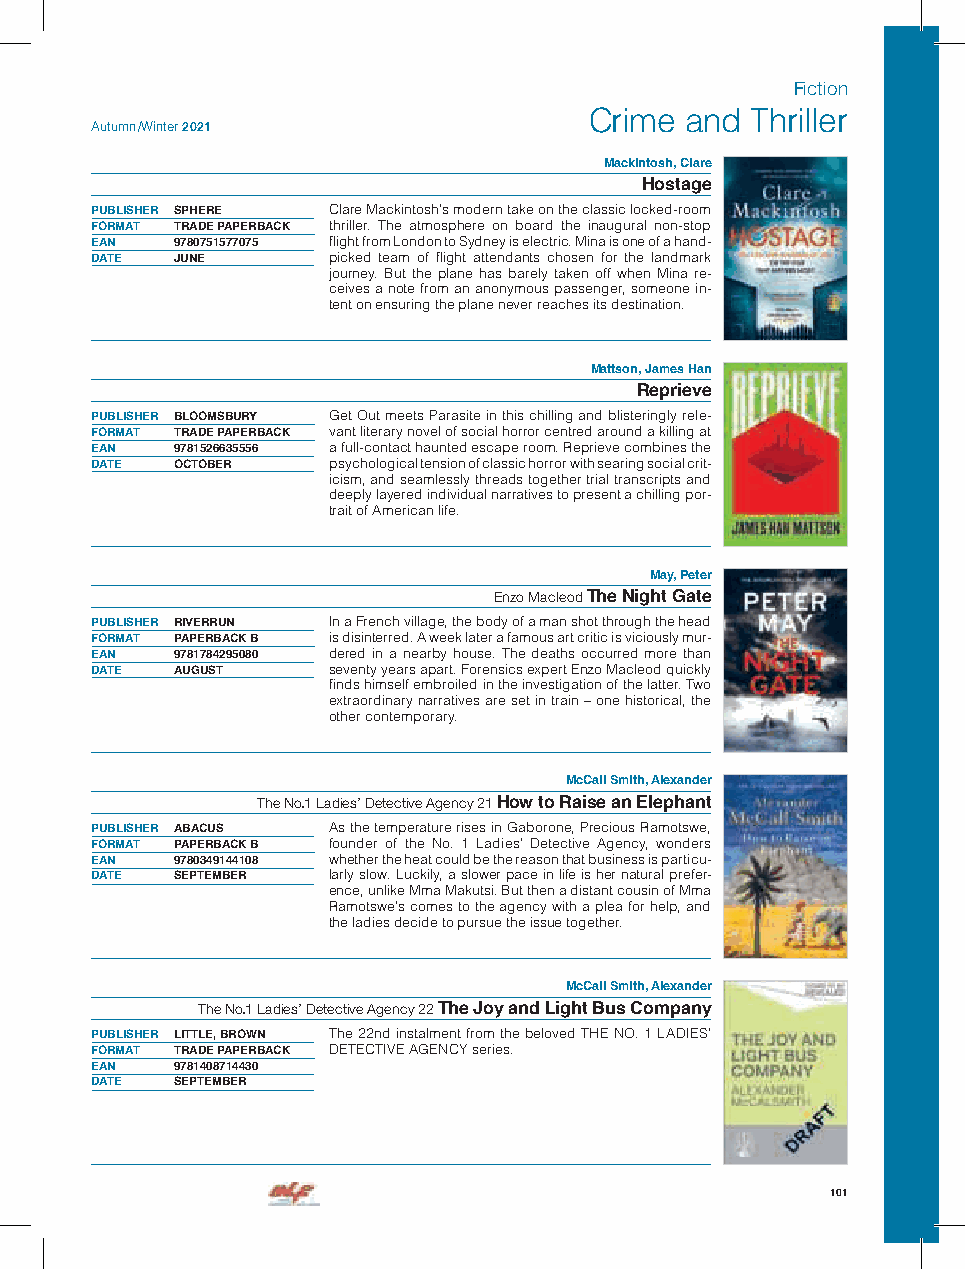
Fiction
 Crime and  Thriller
 Autumn /Winter 2021
 Mackintosh, Clare
 Hostage
 PUBLISHER SPHERE Clare Mackintosh’s modern take on the classic locked-room
 FORMAT TRADE PAPERBACK thriller. The atmosphere on board the inaugural non-stop
 EAN  9780751577075 flight from London to Sydney is electric. Mina is one of a hand-
 DATE JUNE       picked team of flight attendants chosen for the landmark
 journey. But the plane has barely taken off when Mina re-
 ceives a note from an anonymous passenger, someone in-
 tent on ensuring the plane never reaches its destination.
 Mattson, James Han
 Reprieve
 PUBLISHER BLOOMSBURY Get Out meets Parasite in this chilling and blisteringly rele-
 FORMAT TRADE PAPERBACK vant literary novel of social horror centred around a killing at
 EAN  9781526635556 a full-contact haunted escape room. Reprieve combines the
 DATE OCTOBER    psychological tension of classic horror with searing social crit-
 icism, and seamlessly threads together trial transcripts and
 deeply layered individual narratives to present a chilling por-
 trait of American life.
 May, Peter
 Enzo Macleod The Night Gate
 PUBLISHER RIVERRUN In a French village, the body of a man shot through the head
 FORMAT PAPERBACK B is disinterred. A week later a famous art critic is viciously mur-
 EAN  9781784295080 dered in a nearby house. The deaths occurred more than
 DATE AUGUST     seventy years apart. Forensics expert Enzo Macleod quickly
 finds himself embroiled in the investigation of the latter. Two
 extraordinary narratives are set in train – one historical, the
 other contemporary.
 McCall Smith, Alexander
 The No.1 Ladies’ Detective Agency 21 How to Raise an Elephant
 PUBLISHER ABACUS As the temperature rises in Gaborone, Precious Ramotswe,
 FORMAT PAPERBACK B founder of the No. 1 Ladies’ Detective Agency, wonders
 EAN  9780349144108 whether the heat could be the reason that business is particu-
 DATE SEPTEMBER  larly slow. Luckily, a slower pace in life is her natural prefer-
 ence, unlike Mma Makutsi. But then a distant cousin of Mma
 Ramotswe’s comes to the agency with a plea for help, and
 the ladies decide to pursue the issue together.
 McCall Smith, Alexander
 The No.1 Ladies’ Detective Agency 22 The Joy and Light Bus Company
 PUBLISHER LITTLE, BROWN The 22nd instalment from the beloved THE NO. 1 LADIES’
 FORMAT TRADE PAPERBACK DETECTIVE AGENCY series.
 EAN  9781408714430
 DATE SEPTEMBER
 101